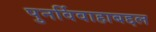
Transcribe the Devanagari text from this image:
पुनर्विवाहाबद्दल